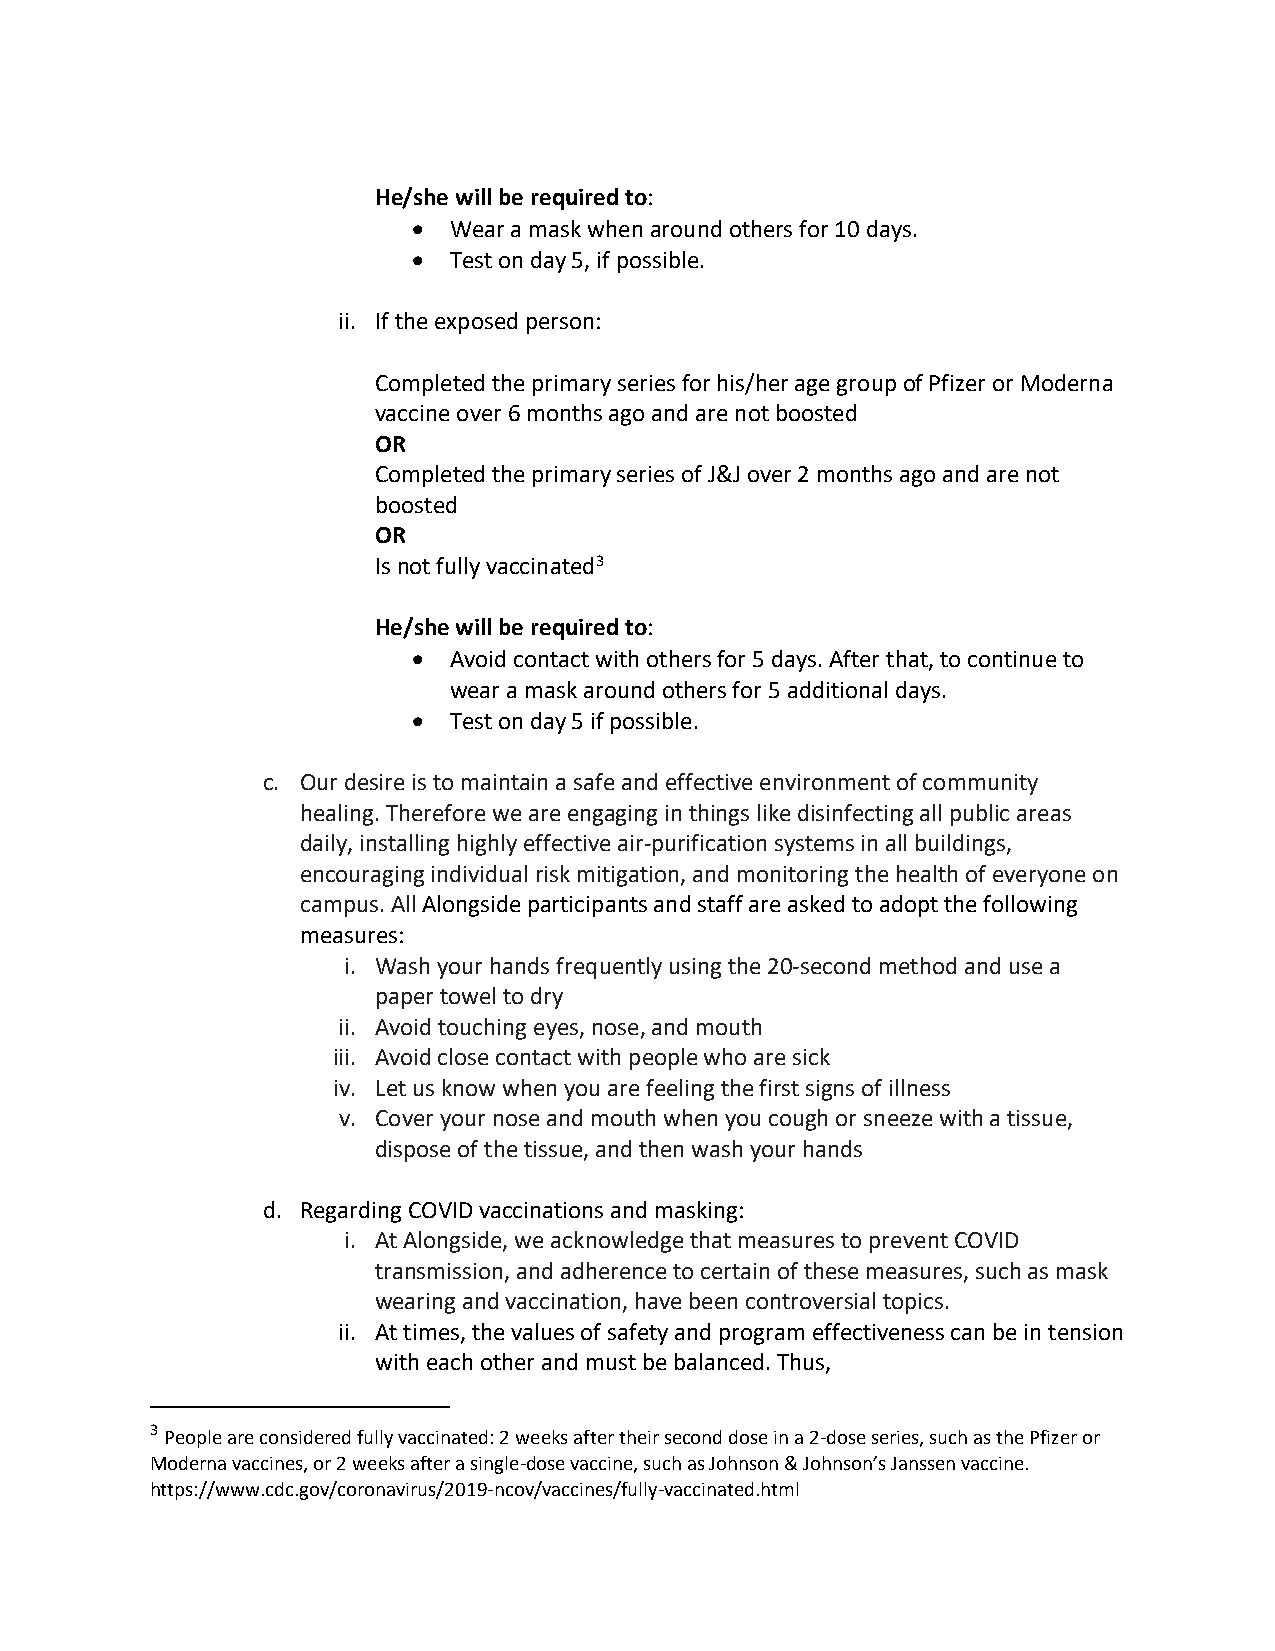
He/she will be required to:
 •  Wear a mask when around others for 10 days.
 •  Test on day 5, if possible.
 ii. If the exposed person:
 Completed the primary series for his/her age group of Pfizer or Moderna
 vaccine over 6 months ago and are not boosted
 OR
 Completed the primary series of J&J over 2 months ago and are not
 boosted
 OR
 Is not fully vaccinated3
 He/she will be required to:
 •  Avoid contact with others for 5 days. After that, to continue to
 wear a mask around others for 5 additional days.
 •  Test on day 5 if possible.
 c. Our desire is to maintain a safe and effective environment of community
 healing. Therefore we are engaging in things like disinfecting all public areas
 daily, installing highly effective air-purification systems in all buildings,
 encouraging individual risk mitigation, and monitoring the health of everyone on
 campus. All Alongside participants and staff are asked to adopt the following
 measures:
 i. Wash your hands frequently using the 20-second method and use a
 paper towel to dry
 ii. Avoid touching eyes, nose, and mouth
 iii. Avoid close contact with people who are sick
 iv. Let us know when you are feeling the first signs of illness
 v. Cover your nose and mouth when you cough or sneeze with a tissue,
 dispose of the tissue, and then wash your hands
 d. Regarding COVID vaccinations and masking:
 i. At Alongside, we acknowledge that measures to prevent COVID
 transmission, and adherence to certain of these measures, such as mask
 wearing and vaccination, have been controversial topics.
 ii. At times, the values of safety and program effectiveness can be in tension
 with each other and must be balanced. Thus,
 3 People are considered fully vaccinated: 2 weeks after their second dose in a 2-dose series, such as the Pfizer or
 Moderna vaccines, or 2 weeks after a single-dose vaccine, such as Johnson & Johnson’s Janssen vaccine.
 https://www.cdc.gov/coronavirus/2019-ncov/vaccines/fully-vaccinated.html